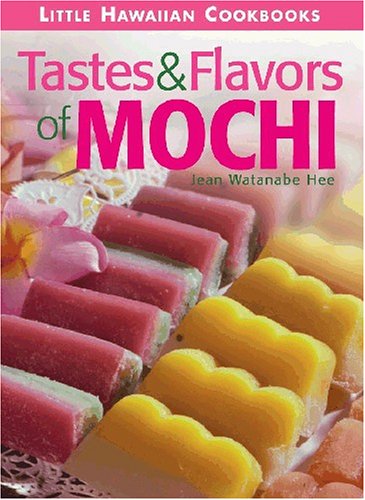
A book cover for Tastes & Flavors of Mochi; Jean Watanabe Hee; Cookbooks, Food & Wine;